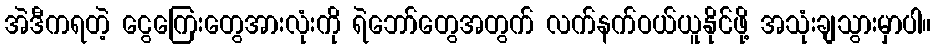
အဲဒီကရတဲ့ ငွေကြေးတွေအားလုံးကို ရဲဘော်တွေအတွက် လက်နက်ဝယ်ယူနိုင်ဖို့ အသုံးချသွားမှာပါ။